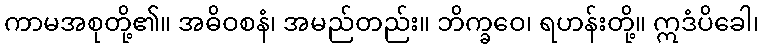
ကာမအစုတို့၏။ အဓိဝစနံ၊ အမည်တည်း။ ဘိက္ခဝေ၊ ရဟန်းတို့။ ဣဒံပိခေါ၊